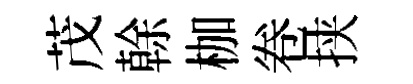
茂𠏉枷卷挟